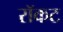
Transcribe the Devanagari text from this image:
रॉकट